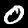
Digit: 0